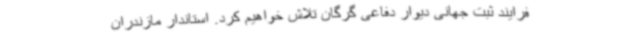
فرایند ثبت جهانی دیوار دفاعی گرگان تلاش خواهیم کرد. استاندار مازندران